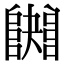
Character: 𨼱